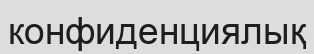
конфиденциялық